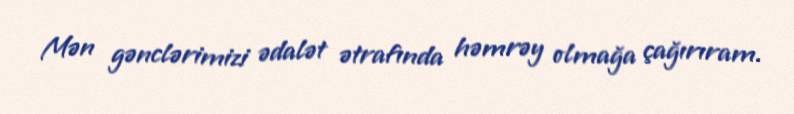
Mən gənclərimizi ədalət ətrafında həmrəy olmağa çağırıram.